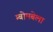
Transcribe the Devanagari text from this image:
म्बोमबेला